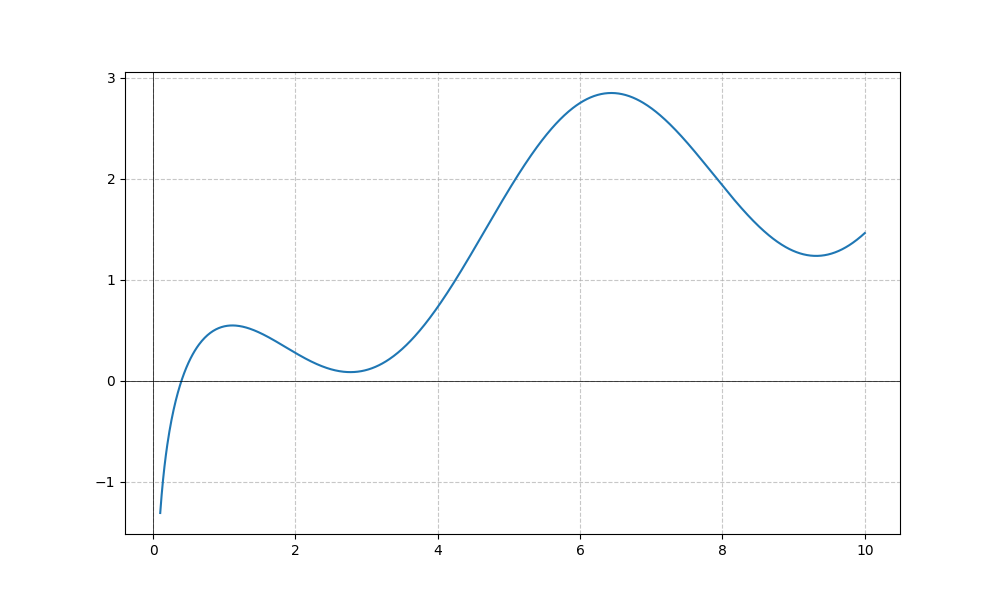
LaTeX formula: \log{\left(x \right)} + \cos{\left(x \right)}